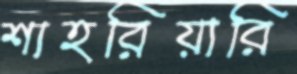
শাহরিয়ারি